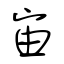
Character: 宙